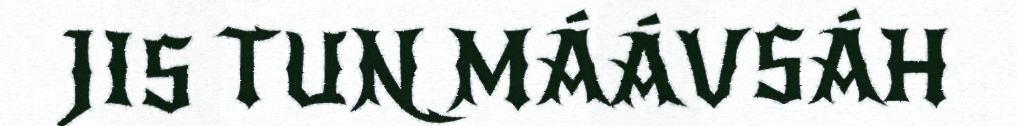
JIS TUN MÁÁVSÁH